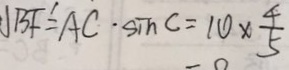
B F ^ { \prime } = A C \cdot \sin C = 1 0 \times \frac { 4 } { 5 }